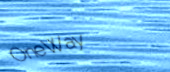
OneWay